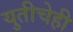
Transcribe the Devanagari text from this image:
युतीचेही